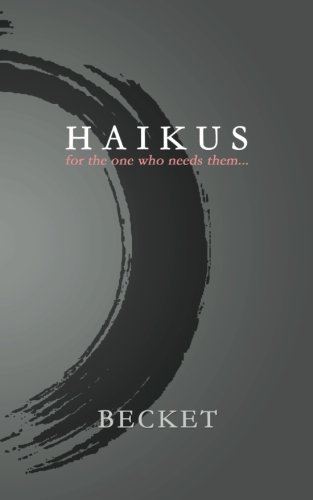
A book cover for Haikus: for the one who needs them...; Becket; Literature & Fiction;